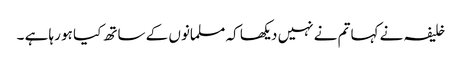
خلیفہ نے کہا تم نے نہیں دیکھا کہ مسلمانوں کے ساتھ کیا ہو رہا ہے ۔